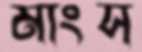
মাংস